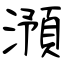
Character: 澦